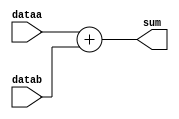
`timescale 1ns / 1ns

module adder(
	output wire [15:0] sum,
	input [15:0] dataa,datab
);

assign sum = dataa + datab;


endmodule